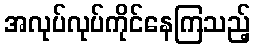
အလုပ်လုပ်ကိုင်နေကြသည့်